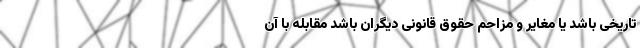
تاریخی باشد یا مغایر و مزاحم حقوق قانونی دیگران باشد مقابله با آن